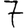
Digit: 7